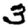
Digit: 3